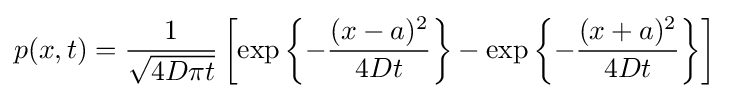
p(x,t)={\frac {1}{\sqrt {4D\pi t}}}\left[\exp \left\{-{\frac {(x-a)^{2}}{4Dt}}\right\}-\exp \left\{-{\frac {(x+a)^{2}}{4Dt}}\right\}\right]